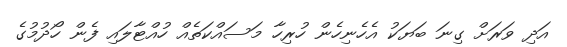
އަދި ވަރަށް ގިނަ ބަޔަކު އެހެނިހެން ހުރިހާ މަސައްކަތެއް ހުއްޓާލައި ފެން ހޯދުމުގެ